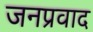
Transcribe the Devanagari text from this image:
जनप्रवाद